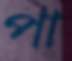
পা